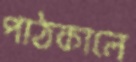
পাঠকালে